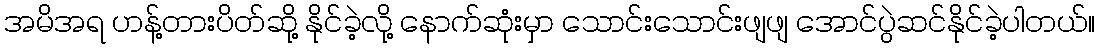
အမိအရ ဟန့်တားပိတ်ဆို့ နိုင်ခဲ့လို့ နောက်ဆုံးမှာ သောင်းသောင်းဖျဖျ အောင်ပွဲဆင်နိုင်ခဲ့ပါတယ်။